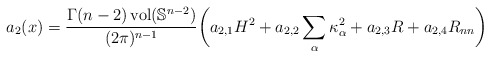
\begin{align*} a_2(x)=\frac{\Gamma(n-2)\operatorname{vol}(\mathbb{S}^{n-2})}{(2\pi)^{n-1}} \bigg( a_{2,1}H^2+a_{2,2}\sum_{\alpha} \kappa_\alpha^2+ a_{2,3}R+a_{2,4}R_{nn} \bigg) \end{align*}